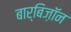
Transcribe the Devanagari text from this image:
बार्बिज़ॉन